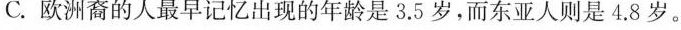
C.欧洲裔的人最早记忆出现的年龄是3.5岁，而东亚人则是4.8岁。